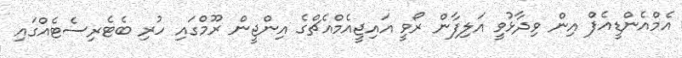
އެމްއެންޑީއެފް އިން ވިދާޅުވީ އަލިފާން ރޯވީ އައިޖީއެމްއެޗްގެ އިންޖީން ރޫމްގައި ހުރި ބެޓެރިސެޓެއްގައި